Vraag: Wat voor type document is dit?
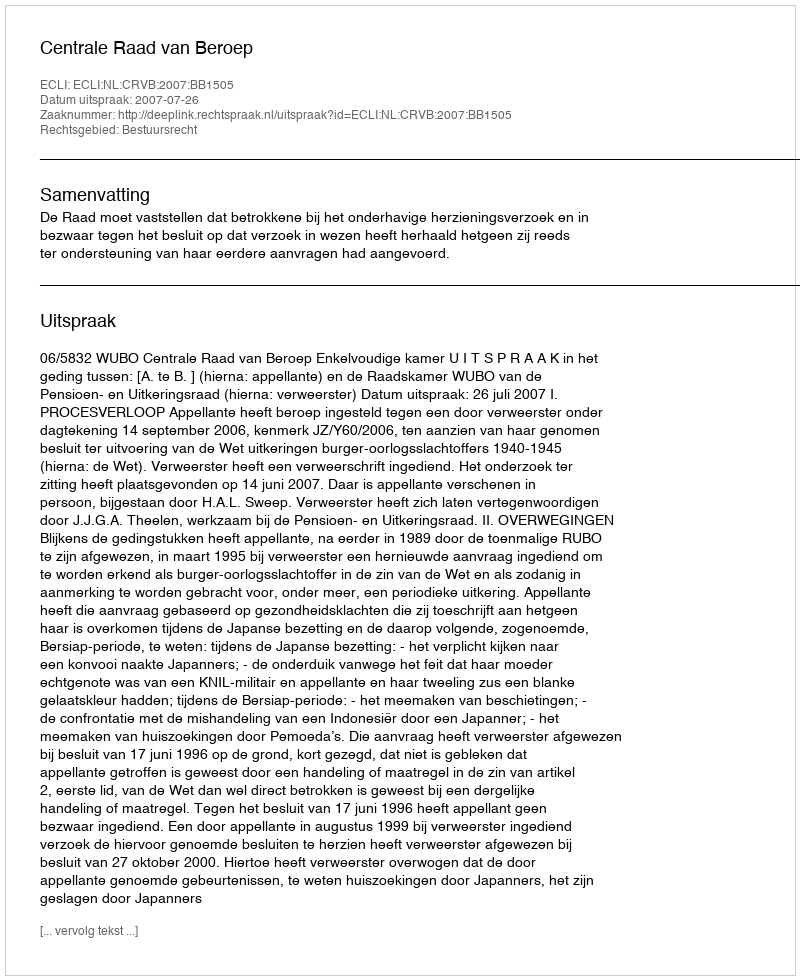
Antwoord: Uitspraak